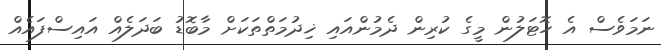
ނަމަވެސް އެ ހޮޓަލުން މީގެ ކުރިން ދެމުންއައި ޚިދުމަތްތަކަށް މާބޮޑު ބަދަލެއް އައިސްފައެއް